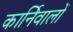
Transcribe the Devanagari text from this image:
कार्निवालों